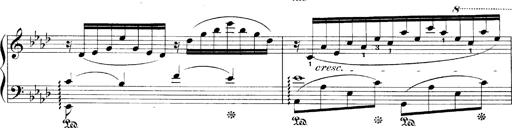
Title: LiebestrÃ¤ume
Composer: Franz Behr
Key: E-flat major